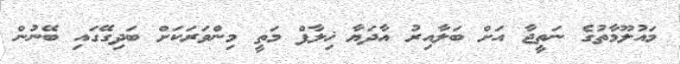
މައުލޫމާތުގެ ނަތީޖާ އަށް ބަލާއިރު އާދަޔާ ޚިލާފް މަތީ މިންވަރަކަށް ބަދިގޭގައި ބޭނުން